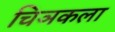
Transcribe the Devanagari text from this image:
चिञकला